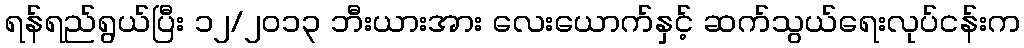
ရန်ရည်ရွယ်ပြီး ၁၂/၂၀၁၃ ဘီးယားအား လေးယောက်နှင့် ဆက်သွယ်ရေးလုပ်ငန်းက